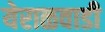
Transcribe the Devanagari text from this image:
येराळवाडी